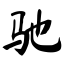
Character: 驰